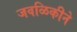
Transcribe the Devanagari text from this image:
जवळिकीने